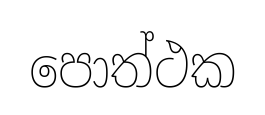
පොත්ථක